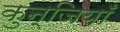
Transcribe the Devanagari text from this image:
कुन्जियाँ